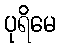
ပုရိမေ